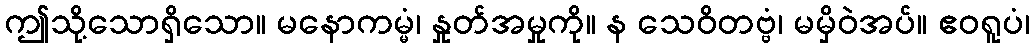
ဤသို့သောရှိသော။ မနောကမ္မံ၊ နှုတ်အမှုကို။ န သေဝိတဗ္ဗံ၊ မမှိဝဲအပ်။ ဧဝရူပံ၊